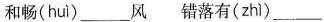
和畅(huì)___风错落有(zhì)___